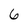
Character: 6